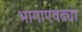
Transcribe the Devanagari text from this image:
भागाएवढ्या